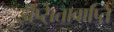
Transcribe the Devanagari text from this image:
ईप्सितावाप्ति